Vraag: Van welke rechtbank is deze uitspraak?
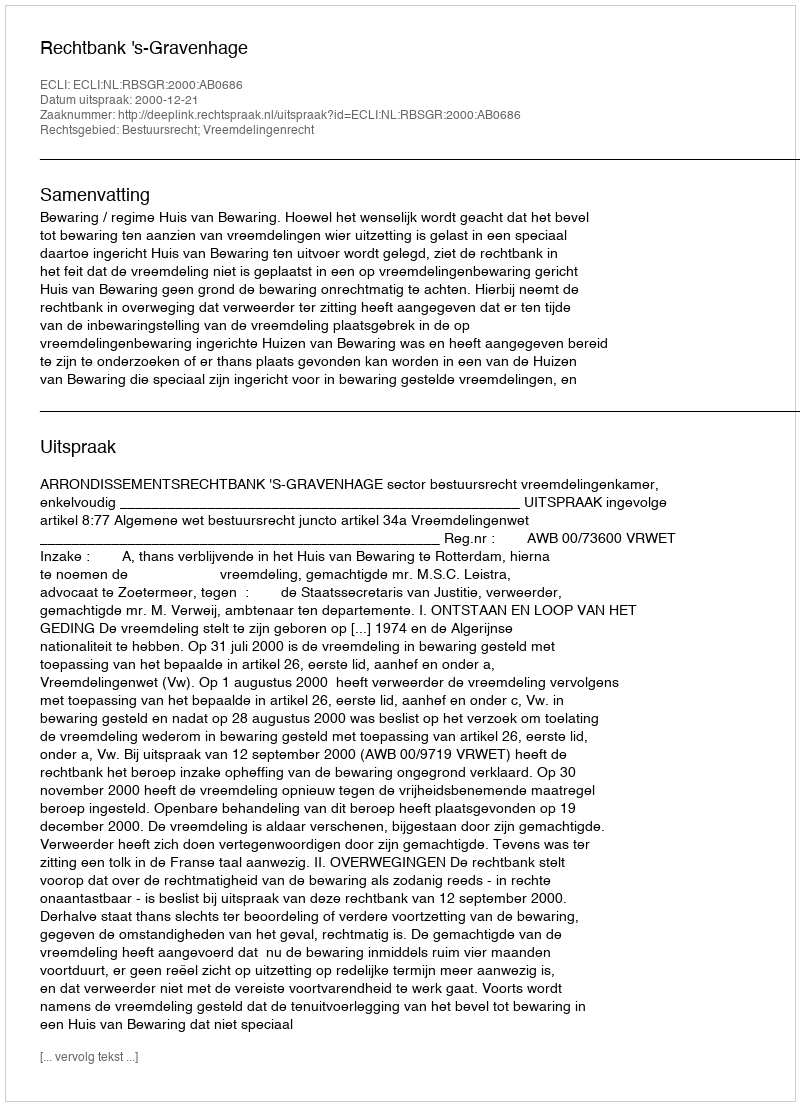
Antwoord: Rechtbank 's-Gravenhage